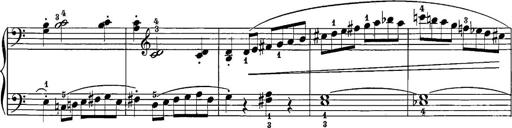
Title: 12 Sonatine per Pianoforte
Composer: Friedrich Kuhlau